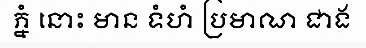
ភ្នំ នោះ មាន ទំហំ ប្រមាណ ជាង